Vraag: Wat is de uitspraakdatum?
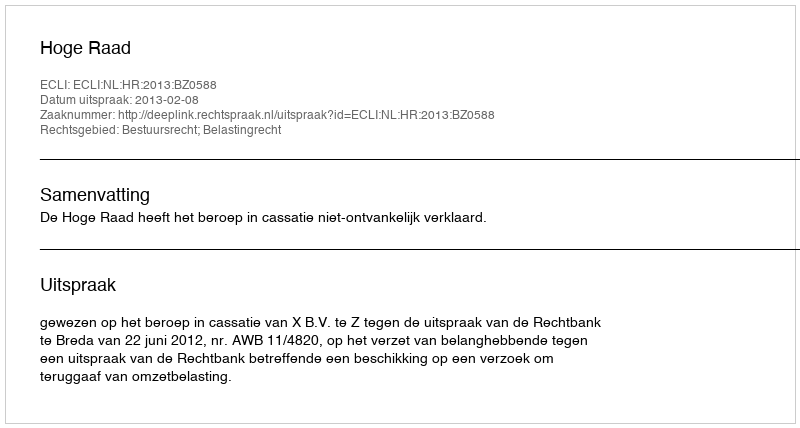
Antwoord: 2013-02-08